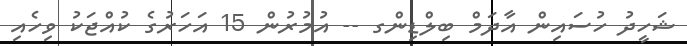
ޝަހީދު ހުސައިން އާދަމް ބިލްޑިންގ -- އުމުރުން 15 އަހަރުގެ ކުއްޖަކު ވިހެއި